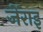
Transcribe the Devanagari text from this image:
जेंराइ